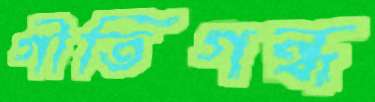
গীতিগন্ধ